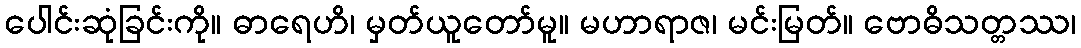
ပေါင်းဆုံခြင်းကို။ ဓာရေဟိ၊ မှတ်ယူတော်မူ။ မဟာရာဇ၊ မင်းမြတ်။ ဗောဓိသတ္တဿ၊